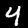
Digit: 4